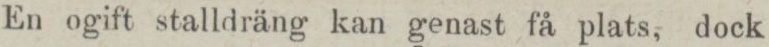
En ogift stalldräng kan genast få plats, dock